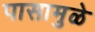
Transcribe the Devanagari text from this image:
पासामुळे